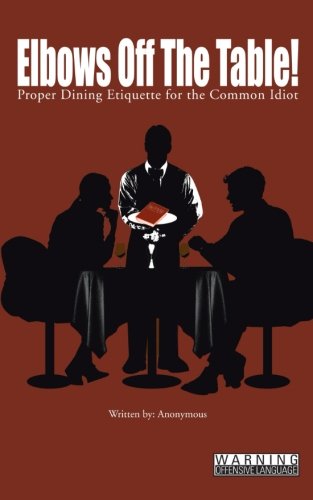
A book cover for Elbows Off The Table!: Proper Dining Etiquette for the Common Idiot; Humor & Entertainment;